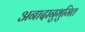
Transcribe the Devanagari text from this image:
अनादानुभुमित